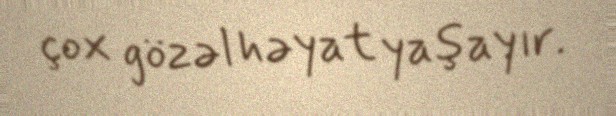
çox gözəl həyat yaşayır.